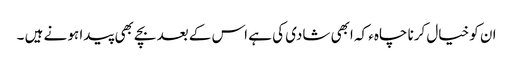
ان کو خیال کرنا چاہء کہ ابھی شادی کی ہے اس کے بعد بچے بھی پیدا ہو نے ہیں ۔